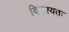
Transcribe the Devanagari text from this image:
विनश्यतः